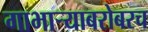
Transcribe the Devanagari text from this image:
गाभाऱ्याबरोबरच